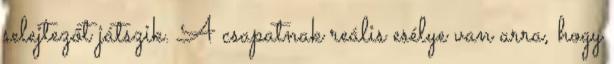
selejtezőt játszik. A csapatnak reális esélye van arra, hogy